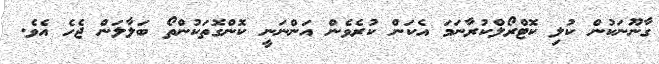
ގާނޫނަކުން ކުލި ކޮޓްރޯލްކުރާނަމަ އެކަން ކުރެވެން އަންނަނީ ކޮންގޮތަކުންތޯ ބަލާލަން ޖެހެ އެވެ.